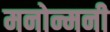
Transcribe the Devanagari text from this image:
मनोन्मनी